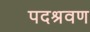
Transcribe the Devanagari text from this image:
पदश्रवण